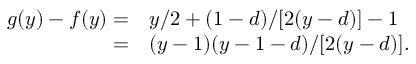
\begin{array} { r l } { g ( y ) - f ( y ) = } & { { } y / 2 + ( 1 - d ) / [ 2 ( y - d ) ] - 1 } \\ { = } & { { } ( y - 1 ) ( y - 1 - d ) / [ 2 ( y - d ) ] . } \end{array}